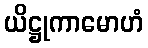
ယိဋ္ဌုကာမောဟံ